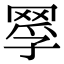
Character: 𦋄